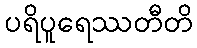
ပရိပူရေဿတီတိ